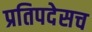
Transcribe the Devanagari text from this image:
प्रतिपदेसच